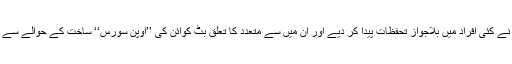
ساتوشی کی گم نامی نے کئی افراد میں بلاجواز تحفظات پیدا کر دیے اور ان میں سے متعدد کا تعلق بِٹ کوائن کی ’’اوپن سورس‘‘ ساخت کے حوالے سے غلط فہمیوں سے تھا۔